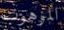
الموهوب